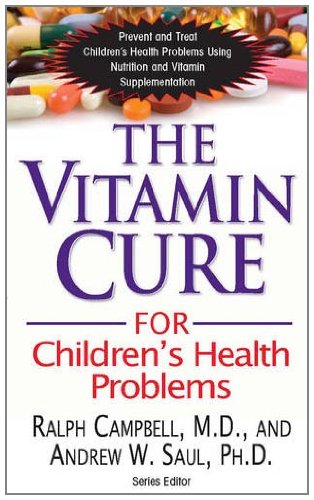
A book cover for The Vitamin Cure for Children's Health Problems: Prevent and Treat Children's Health Problems Using Nutrition and Vitamin Supplementation; Ralph Campbell; Health, Fitness & Dieting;